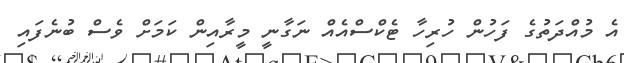
އެ މުއްދަތުގެ ފަހުން ހުރިހާ ޓެކްސްއެއް ނަގާނީ މީރާއިން ކަމަށް ވެސް ބުނެފައި